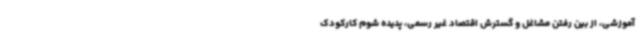
آموزشی، از بین رفتن مشاغل و گسترش اقتصاد غیر رسمی، پدیده شوم کارکودک